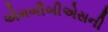
એમબીબીએસની